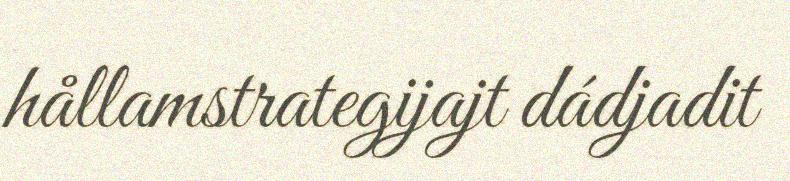
hållamstrategijajt dádjadit